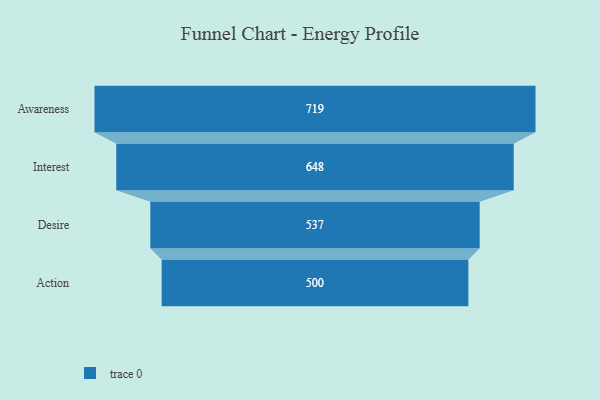
{"axis": {"x": "Stage", "y": "Value"}, "legend": [""], "data": [{"x": "Awareness", "y": 719.0, "type": ""}, {"x": "Interest", "y": 648.0, "type": ""}, {"x": "Desire", "y": 537.0, "type": ""}, {"x": "Action", "y": 500, "type": ""}]}